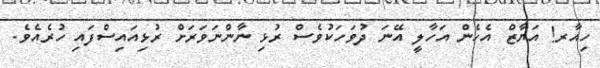
ހިއާރ! އަޔާޒް އެހެން އަހާލީ އޭނަ ދުވަހަކުވެސް ރުޅި ނާންނަވަރަށް ރުޅިއައިސްފައި ހުރެއެވެ.